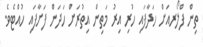
ތިން ފްލޯރއަށް ހަދާފައި ހުރި އިރު މަތިން އިތުރަށް ހަދަން ފަށާފައި ހުއްޓެވެ.